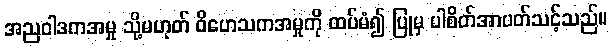
အညဝါဒကအမှု သို့မဟုတ် ဝိဟေသကအမှုကို ထပ်မံ၍ ပြုမှ ပါစိတ်အာပတ်သင့်သည်။